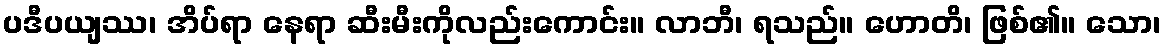
ပဒီပယျဿ၊ အိပ်ရာ နေရာ ဆီးမီးကိုလည်းကောင်း။ လာဘီ၊ ရသည်။ ဟောတိ၊ ဖြစ်၏။ သော၊